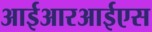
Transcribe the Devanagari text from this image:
आईआरआईएस